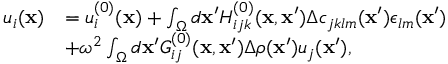
\begin{array} { r l } { u _ { i } ( { \bf x } ) } & { = u _ { i } ^ { ( 0 ) } ( { \bf x } ) + \int _ { \Omega } d { \bf x } ^ { \prime } H _ { i j k } ^ { ( 0 ) } ( { \bf x } , { \bf x } ^ { \prime } ) \Delta c _ { j k l m } ( { \bf x } ^ { \prime } ) \epsilon _ { l m } ( { \bf x } ^ { \prime } ) } \\ & { + \omega ^ { 2 } \int _ { \Omega } d { \bf x } ^ { \prime } G _ { i j } ^ { ( 0 ) } ( { \bf x } , { \bf x } ^ { \prime } ) \Delta \rho ( { \bf x } ^ { \prime } ) u _ { j } ( { \bf x } ^ { \prime } ) , } \end{array}